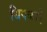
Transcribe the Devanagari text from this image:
धिक्कारे